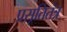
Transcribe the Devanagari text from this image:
प्रसूतितंत्र